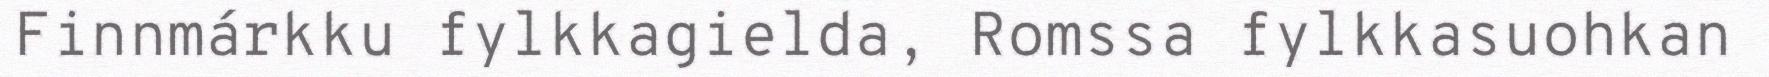
Finnmárkku fylkkagielda, Romssa fylkkasuohkan